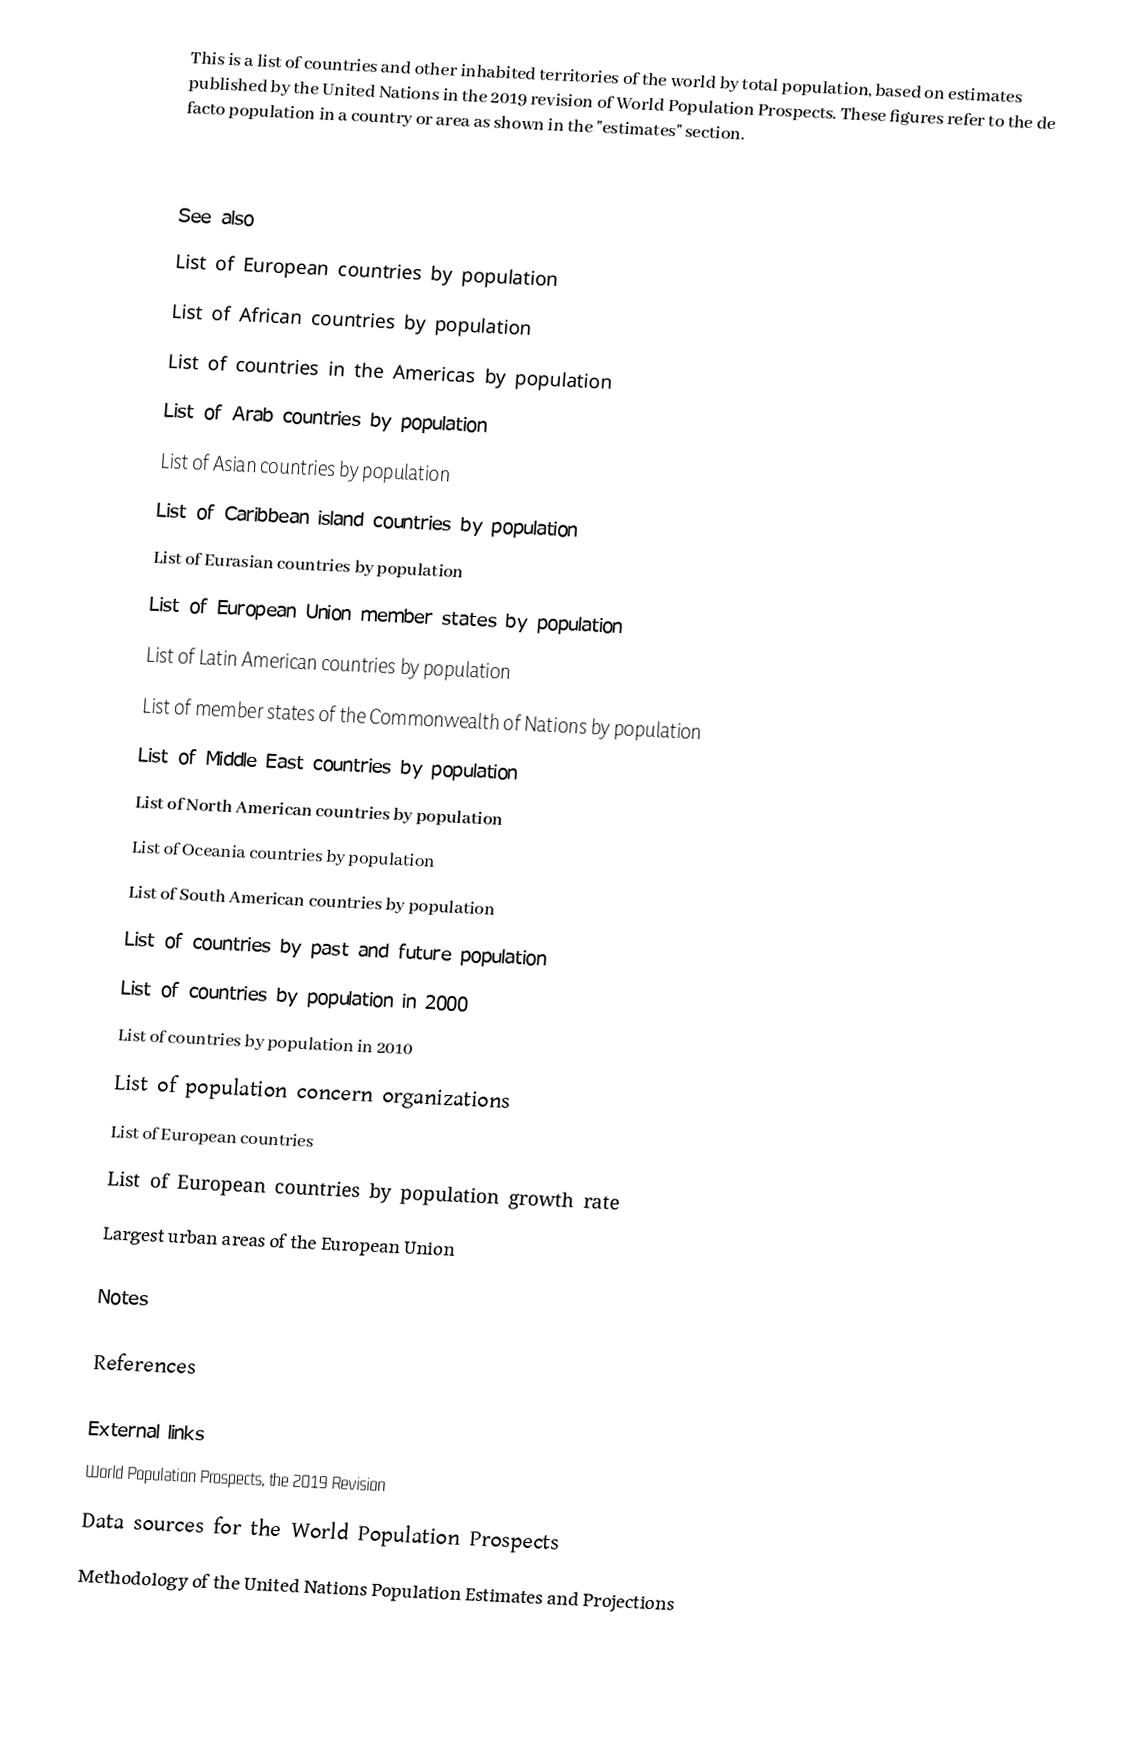
This is a list of countries and other inhabited territories of the world by total population, based on estimates published by the United Nations in the 2019 revision of World Population Prospects. These figures refer to the de facto population in a country or area as shown in the "estimates" section.

See also
List of European countries by population
List of African countries by population
List of countries in the Americas by population
List of Arab countries by population
List of Asian countries by population
List of Caribbean island countries by population
List of Eurasian countries by population
List of European Union member states by population
List of Latin American countries by population
List of member states of the Commonwealth of Nations by population
List of Middle East countries by population
List of North American countries by population
List of Oceania countries by population
List of South American countries by population
List of countries by past and future population
List of countries by population in 2000
List of countries by population in 2010
List of population concern organizations
List of European countries
List of European countries by population growth rate
Largest urban areas of the European Union

Notes

References

External links
 World Population Prospects, the 2019 Revision
 Data sources for the World Population Prospects
 Methodology of the United Nations Population Estimates and Projections